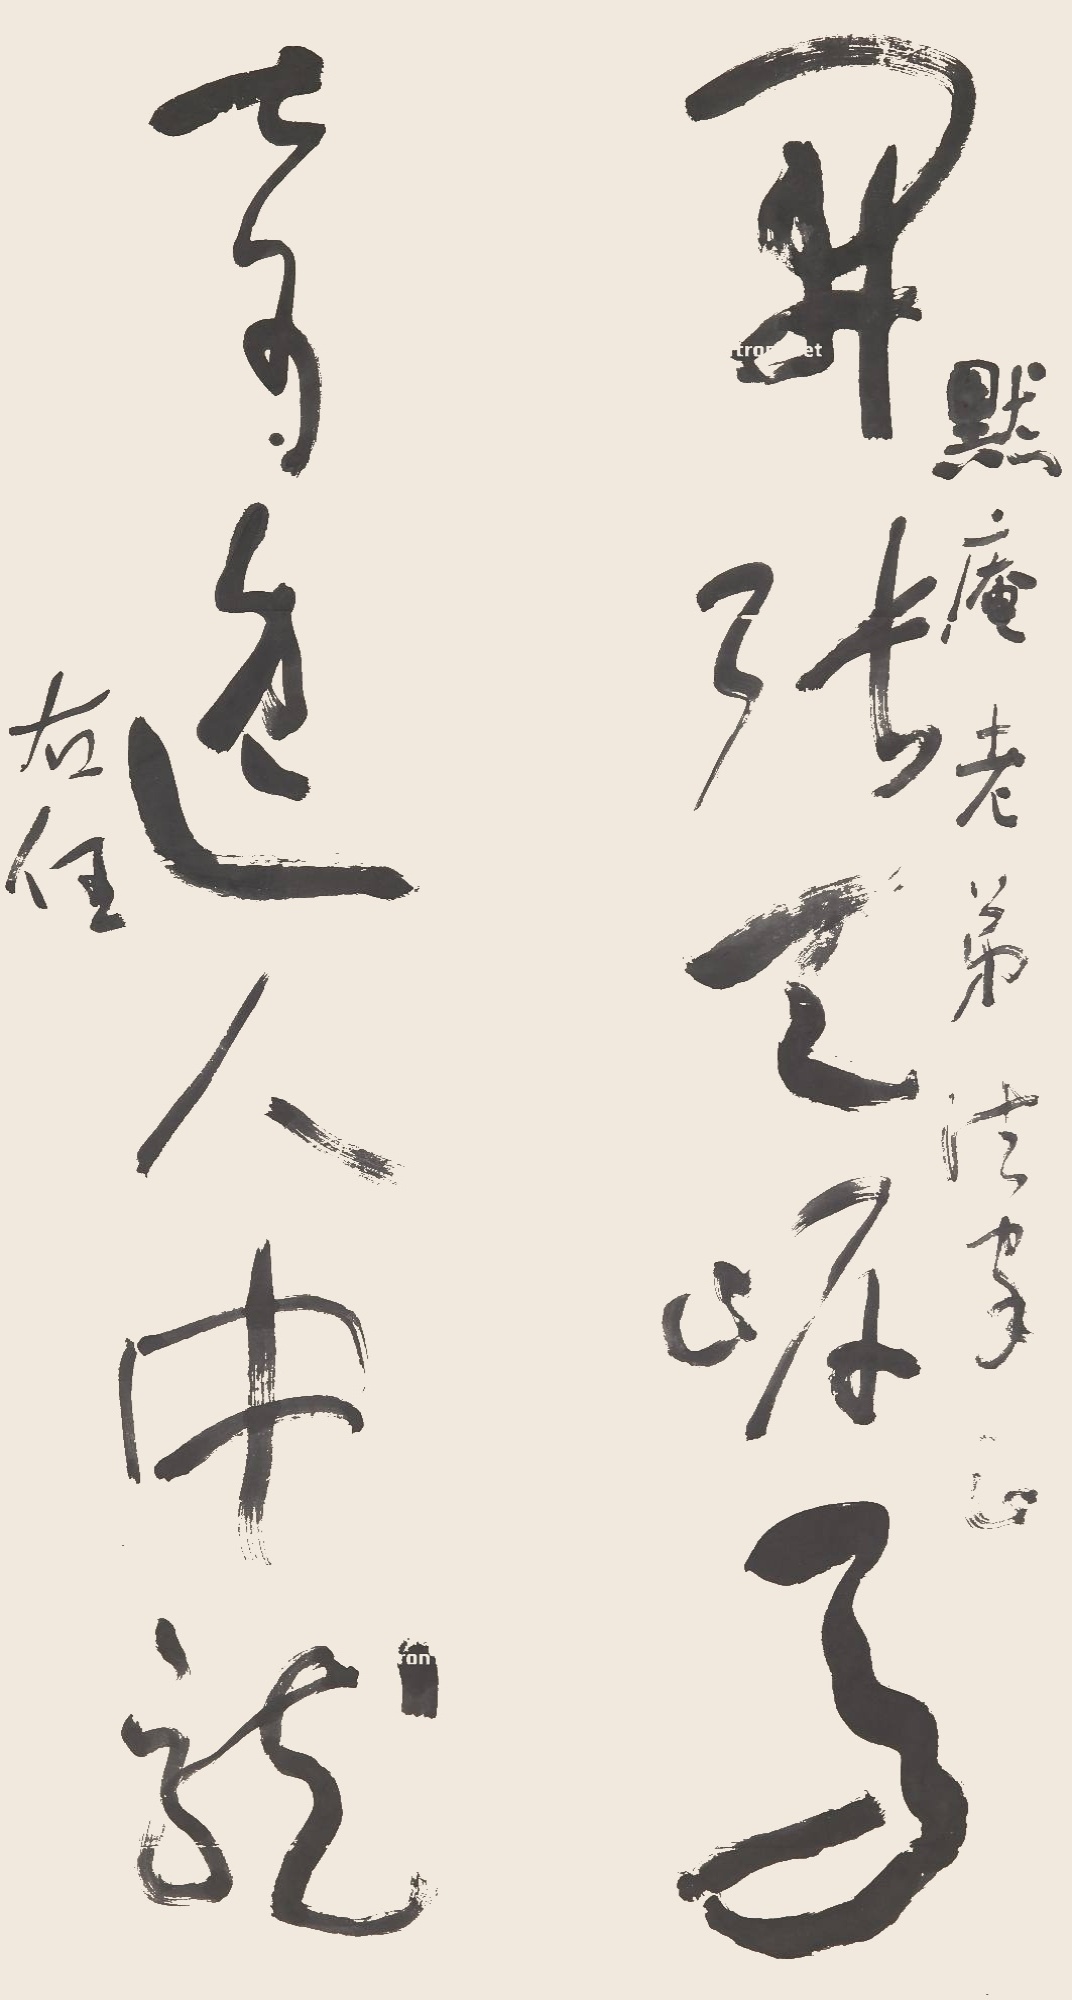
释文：开张天岸马，奇逸人中龙。默庵老弟法家正。右任。